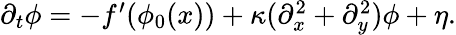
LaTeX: \begin{array}{r}{\partial_{t}\phi=-f^{\prime}(\phi_{0}(x))+\kappa(\partial_{x}^{2}+\partial_{y}^{2})\phi+\eta.}\end{array}